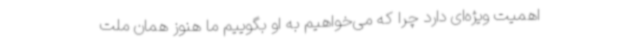
اهمیت ویژه‌ای دارد چرا که می‌خواهیم به او بگوییم ما هنوز همان ملت